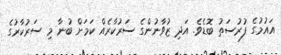
އައުމުގެ ފުރުސަތު ބޮޑެވެ. އަދި ޒުވާނުންގެ ސަރުކާރެއް ކަމަށް ބުނާ މި ސަރުކާރުގެ